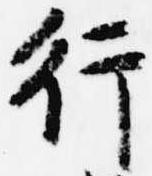
行